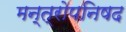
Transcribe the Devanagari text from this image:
मन्त्रोपनिषद